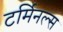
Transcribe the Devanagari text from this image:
टर्मिनल्‍स